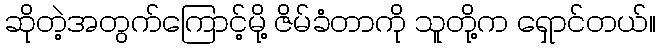
ဆိုတဲ့အတွက်ကြောင့်မို့ ဇိမ်ခံတာကို သူတို့က ရှောင်တယ်။